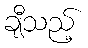
ချီသည့်